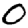
Digit: 0